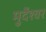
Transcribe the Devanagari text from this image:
मुर्देश्वर